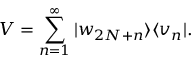
V = \sum _ { n = 1 } ^ { \infty } | w _ { 2 N + n } \rangle \langle v _ { n } | .